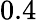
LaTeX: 0.4